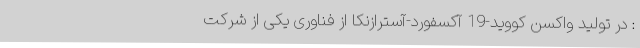
: در تولید واکسن کووید-19 آکسفورد-آسترازنکا از فناوری یکی از شرکت